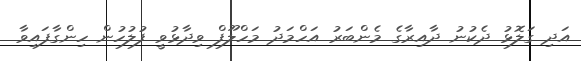
އަދި ގަލޮޅު ދެކުނު ދާއިރާގެ މެންބަރު އަހްމަދު މަހްލޫފް ވިދާޅުވީ ފުލުހުން ހިންގާފައިވާ